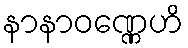
နာနာဝဏ္ဏေဟိ